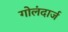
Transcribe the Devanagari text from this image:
गोलंदार्ज